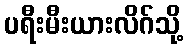
ပရီးမီးယားလိဂ်သို့